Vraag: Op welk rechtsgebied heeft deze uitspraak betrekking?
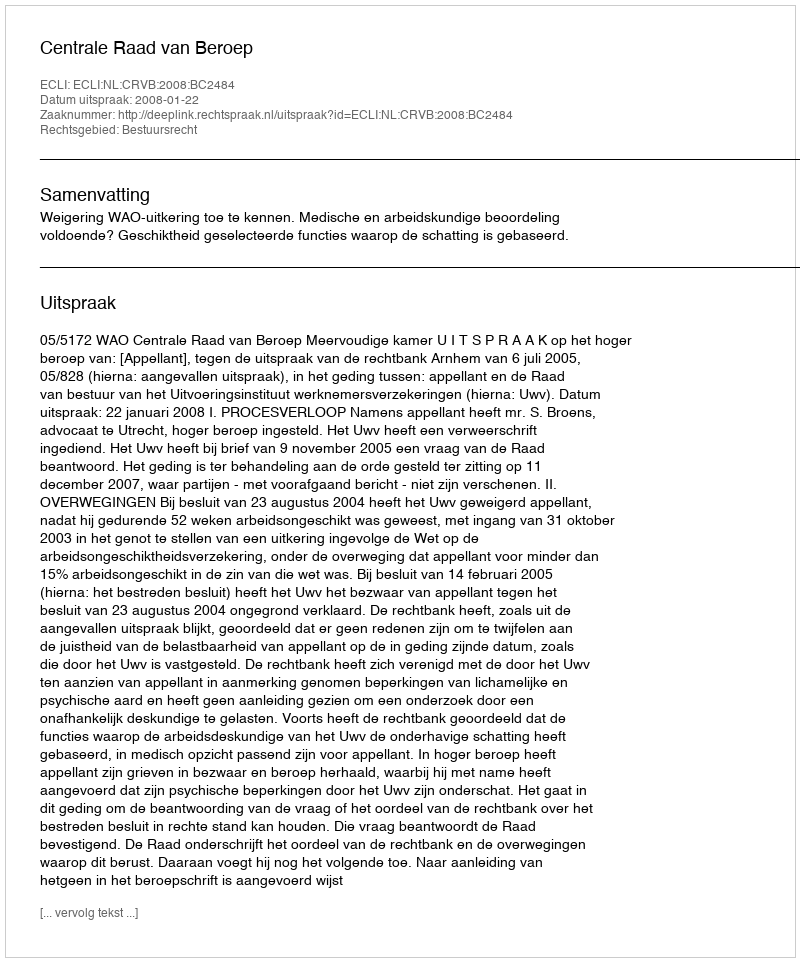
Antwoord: Bestuursrecht